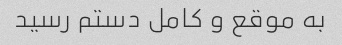
به موقع و کامل دستم رسید